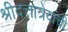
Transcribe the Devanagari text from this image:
श्रीदत्तात्रेयांची